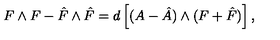
F \wedge F - \hat { F } \wedge \hat { F } = d \left[ ( A - \hat { A } ) \wedge ( F + \hat { F } ) \right] ,